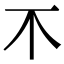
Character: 𣎴